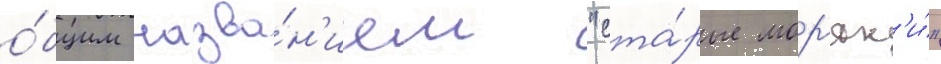
о́бщим назва́н'ием "ста́рые мор'як'и́"